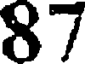
87